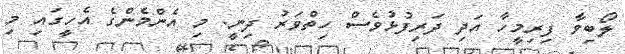
ލޯބިވާ ފިރިމީހާ އަދި ދަރިފުޅުވެސް ހިތްވަރު ދިނީ. މި އެންމެންގެ އެހީގައި މި